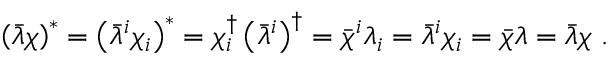
\left( \bar { \lambda } \chi \right) ^ { * } = \left( \bar { \lambda } ^ { i } \chi _ { i } \right) ^ { * } = \chi _ { i } ^ { \dagger } \left( \bar { \lambda } ^ { i } \right) ^ { \dagger } = \bar { \chi } ^ { i } \lambda _ { i } = \bar { \lambda } ^ { i } \chi _ { i } = \bar { \chi } \lambda = \bar { \lambda } \chi \ .